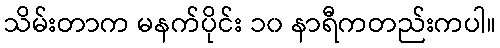
သိမ်းတာက မနက်ပိုင်း ၁၀ နာရီကတည်းကပါ။